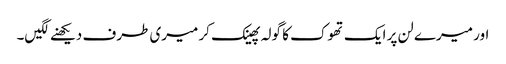
اور میرے لن پر ایک تھوک کا گولہ پھینک کر میری طرف دیکھنے لگیں۔